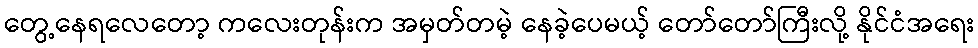
တွေ့နေရလေတော့ ကလေးတုန်းက အမှတ်တမဲ့ နေခဲ့ပေမယ့် တော်တော်ကြီးလို့ နိုင်ငံအရေး